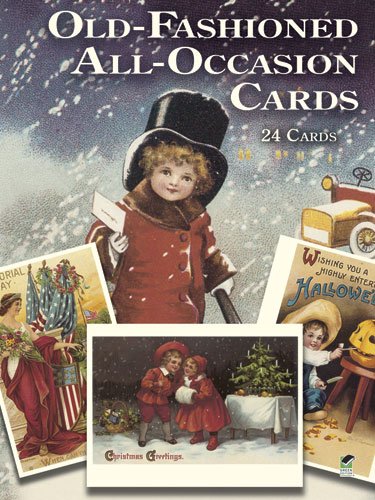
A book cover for Old-Fashioned All-Occasion Cards: 24 Cards (Dover Postcards); Crafts, Hobbies & Home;